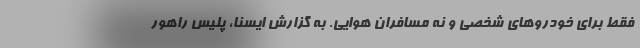
فقط برای خودروهای شخصی و نه مسافران هوایی. به گزارش ایسنا، پلیس راهور